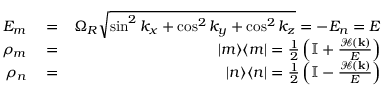
\begin{array} { r l r } { E _ { m } } & { { } = } & { \Omega _ { R } \sqrt { \sin ^ { 2 } k _ { x } + \cos ^ { 2 } k _ { y } + \cos ^ { 2 } k _ { z } } = - E _ { n } = E } \\ { \rho _ { m } } & { { } = } & { | m \rangle \langle m | = \frac { 1 } { 2 } \left( \mathbb { I } + \frac { \mathcal { H } ( \mathbf { k } ) } { E } \right) } \\ { \rho _ { n } } & { { } = } & { | n \rangle \langle n | = \frac { 1 } { 2 } \left( \mathbb { I } - \frac { \mathcal { H } ( \mathbf { k } ) } { E } \right) } \end{array}